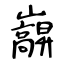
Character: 巐